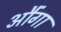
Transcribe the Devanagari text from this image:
औंगा